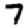
Digit: 7